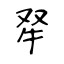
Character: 𤘩